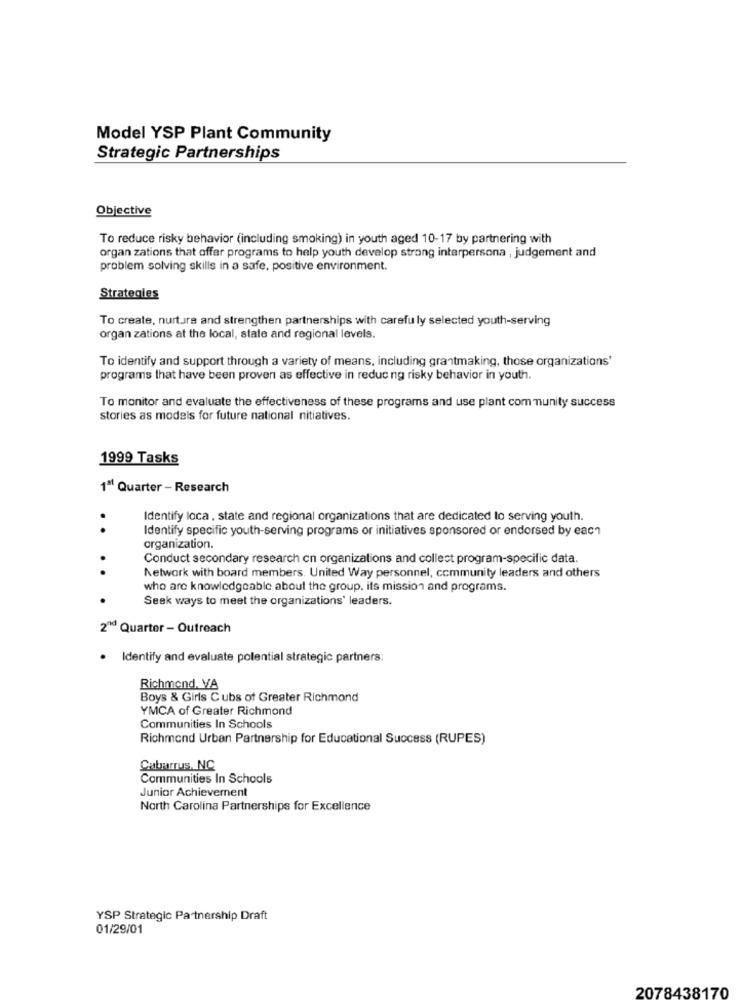
Model YSP Plant Community
Strategic Partnerships
Objective
To reduce risky behavior (including smoking) in youth aged 10-17 by partnering with
organ zations that offar programs to help youth develop strong intarpersona , judgement and
problem solving skills in a safe, positive environment.
Strategies
To create, nurture and strengthen partnerships with carefully selected youth-serving
organ zations at the local, state and regional levels.
To identify and support through a variety of means, including grantmaking, those organizations'
programs that have been proven as effective in reducing risky behavior in youth.
To monitor and evaluate the effectiveness of these programs and use plant community success
stories as models for future national nitiatives.
1999 Tasks
1ª Quarter - Research
Identify loca , state and regional organizations that are dedicated to serving youth.
..
Identify specific youth-serving programs or initiatives sponsored or endorsed by each
organization.
Conduct secondary research cn organizations and collect program-specific data.
.
Network with board members. United Way personnel, community leaders and others
who are knowledgeable about the group. its mission and programs.
Seek ways to meet the organizations' leaders.
2ªMd Quarter - Outreach
Identify and evaluate potential strategic partners:
Richmond, VA
Boys & Girls Cubs of Greater Richmond
YMCA of Greater Richmond
Communities In Schools
Richmond Urban Partnership for Educational Success (RUPES)
Cabarrus, NC
Communities In Schools
Junior Achievement
North Carolina Partnerships for Excellence
YSP Strategic Partnership Draft
01/29/01
2078438170